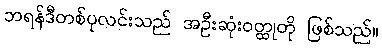
ဘရန်ဒီတစ်ပုလင်းသည် အဦးဆုံးဝတ္ထုတို ဖြစ်သည်။